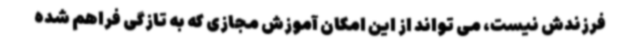
فرزندش نیست، می تواند از این امکان آموزش مجازی که به تازگی فراهم شده